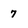
Character: 7